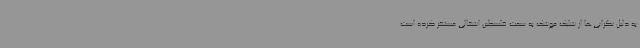
به دلیل نگرانی‌ها از شلیک موشک‌ به سمت فلسطین اشغالی مستقر کرده است.